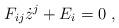
LaTeX: \begin{align*}F_{ij}\dot{z}^{j}+E_{i}=0\;, \end{align*}